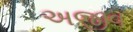
અજીવ